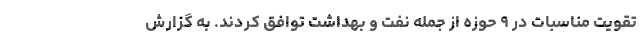
تقویت مناسبات در ۹ حوزه از جمله نفت و بهداشت توافق کردند. به گزارش